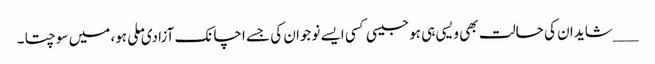
___شاید ان کی حالت بھی ویسی ہی ہو جیسی کسی ایسے نوجوان کی جسے اچانک آزادی ملی ہو، میں سوچتا ۔